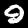
Digit: 9